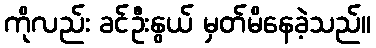
ကိုလည်း ခင်ဦးနွယ် မှတ်မိနေခဲ့သည်။